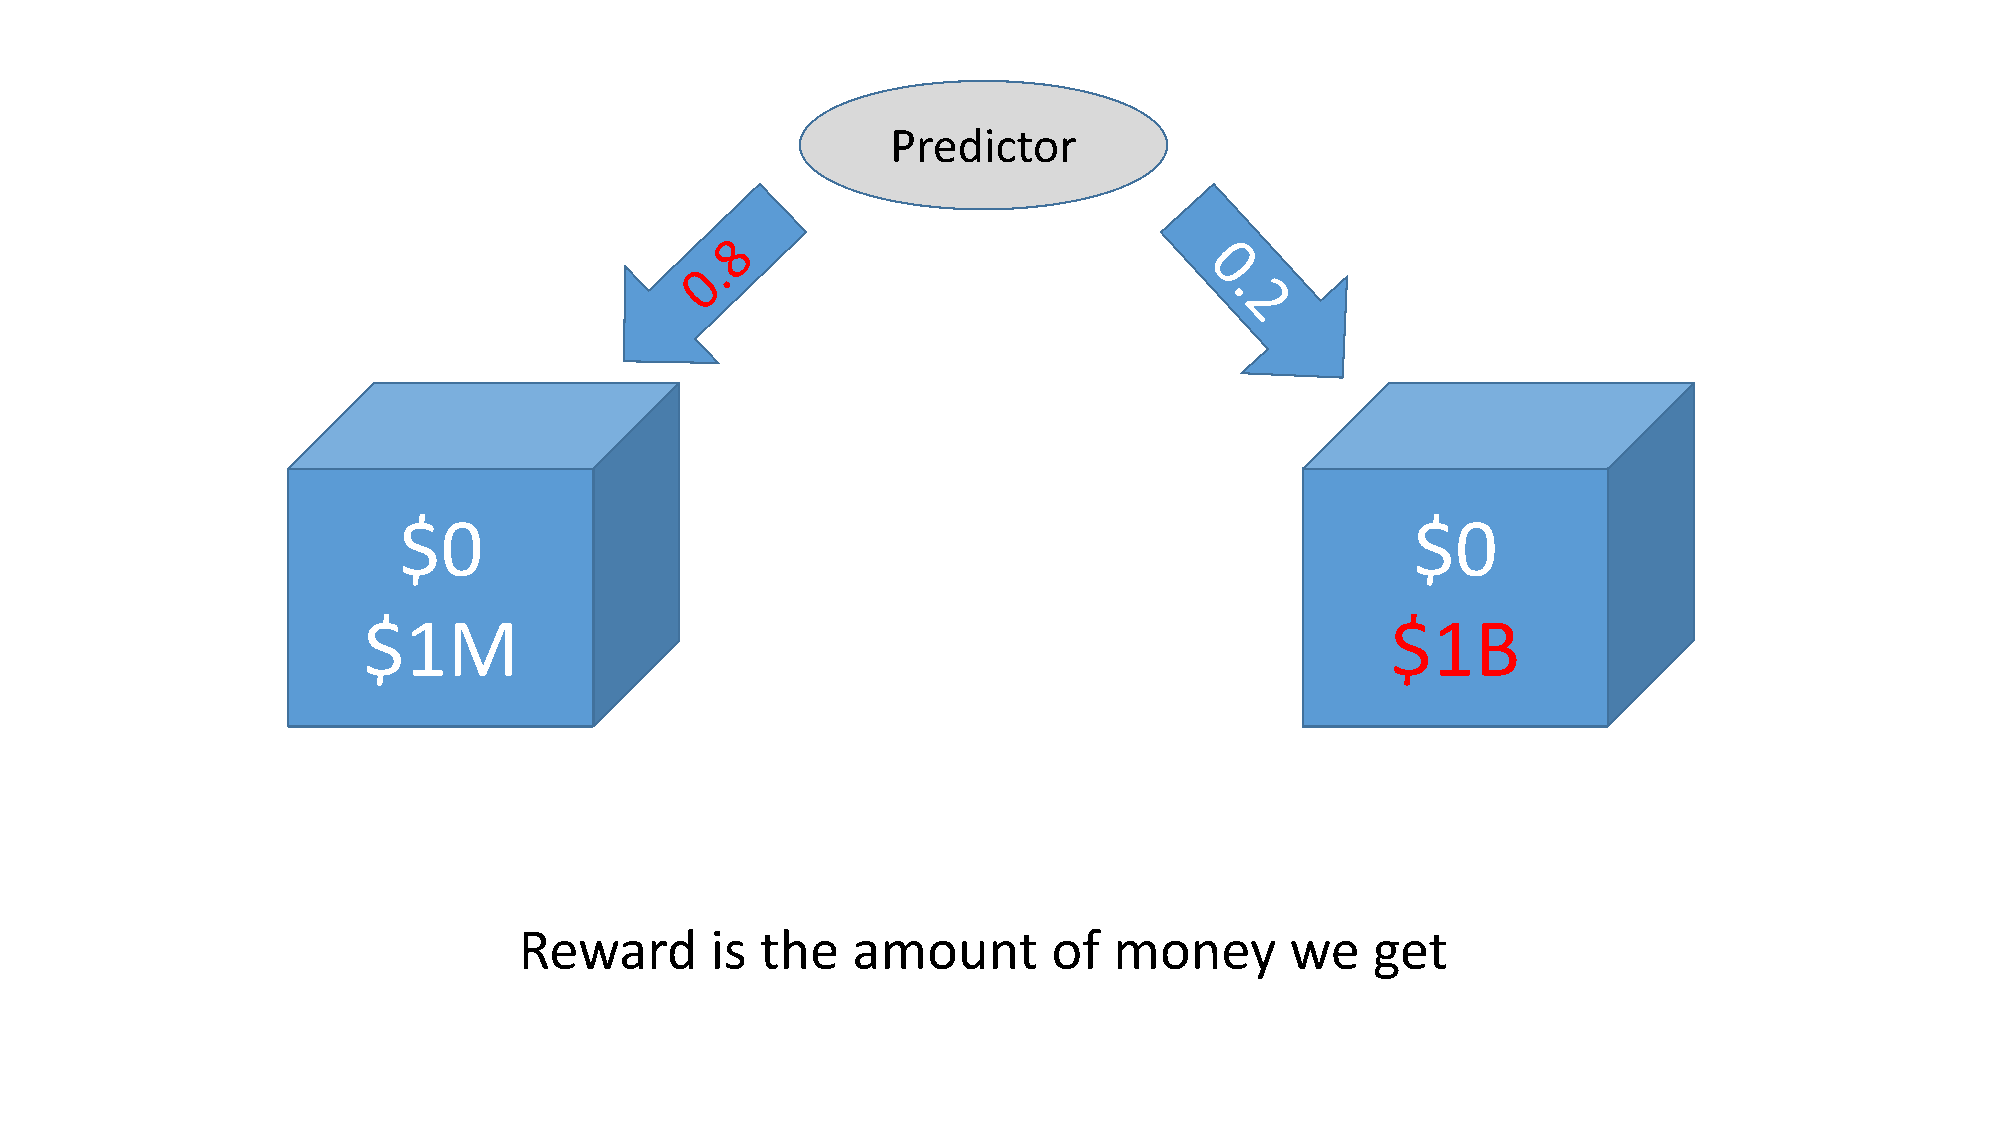
Predictor
 $0                                                                  $0
 $1M                                                                 $1B
 Reward       is the   amount        of  money      we    get